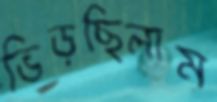
ভিড়ছিলাম